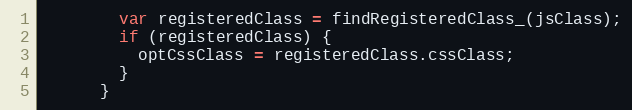
Language: JavaScript
        var registeredClass = findRegisteredClass_(jsClass);
        if (registeredClass) {
          optCssClass = registeredClass.cssClass;
        }
      }